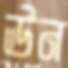
ঊন